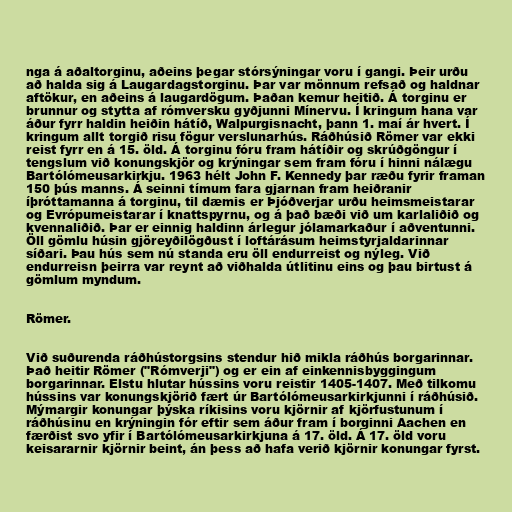
nga á aðaltorginu, aðeins þegar stórsýningar voru í gangi. Þeir urðu
að halda sig á Laugardagstorginu. Þar var mönnum refsað og haldnar
aftökur, en aðeins á laugardögum. Þaðan kemur heitið. Á torginu er
brunnur og stytta af rómversku gyðjunni Mínervu. Í kringum hana var
áður fyrr haldin heiðin hátíð, Walpurgisnacht, þann 1. maí ár hvert. Í
kringum allt torgið risu fögur verslunarhús. Ráðhúsið Römer var ekki
reist fyrr en á 15. öld. Á torginu fóru fram hátíðir og skrúðgöngur í
tengslum við konungskjör og krýningar sem fram fóru í hinni nálægu
Bartólómeusarkirkju. 1963 hélt John F. Kennedy þar ræðu fyrir framan
150 þús manns. Á seinni tímum fara gjarnan fram heiðranir
íþróttamanna á torginu, til dæmis er Þjóðverjar urðu heimsmeistarar
og Evrópumeistarar í knattspyrnu, og á það bæði við um karlaliðið og
kvennaliðið. Þar er einnig haldinn árlegur jólamarkaður í aðventunni.
Öll gömlu húsin gjöreyðilögðust í loftárásum heimstyrjaldarinnar
síðari. Þau hús sem nú standa eru öll endurreist og nýleg. Við
endurreisn þeirra var reynt að viðhalda útlitinu eins og þau birtust á
gömlum myndum.

Römer.

Við suðurenda ráðhústorgsins stendur hið mikla ráðhús borgarinnar.
Það heitir Römer ("Rómverji") og er ein af einkennisbyggingum
borgarinnar. Elstu hlutar hússins voru reistir 1405-1407. Með tilkomu
hússins var konungskjörið fært úr Bartólómeusarkirkjunni í ráðhúsið.
Mýmargir konungar þýska ríkisins voru kjörnir af kjörfustunum í
ráðhúsinu en krýningin fór eftir sem áður fram í borginni Aachen en
færðist svo yfir í Bartólómeusarkirkjuna á 17. öld. Á 17. öld voru
keisararnir kjörnir beint, án þess að hafa verið kjörnir konungar fyrst.